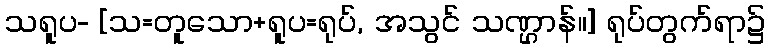
သရူပ- [သ=တူသော+ရူပ=ရုပ်, အသွင် သဏ္ဌာန်။] ရုပ်တွက်ရာ၌